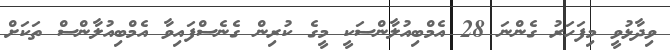
ވިދާޅުވީ މިފަހަރު ގެންނަ 28 އެމްބިއުލާންސަކީ މީގެ ކުރިން ގެނެސްފައިވާ އެމްބިއުލާންސް ތަކަށް